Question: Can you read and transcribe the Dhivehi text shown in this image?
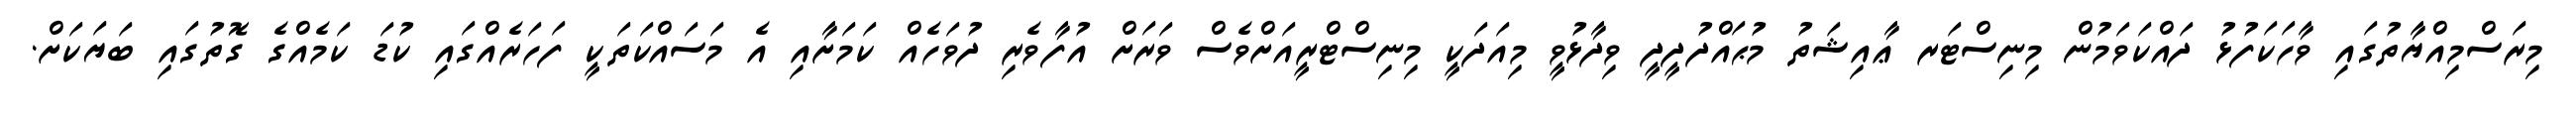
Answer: މިރަސްމިއްޔާތުގައި ވާހަކަފުޅު ދައްކަވަމުން މިނިސްޓަރ ޢާއިޝަތު މުޙައްދުދީދީ ވިދާޅުވީ މިއަދަކީ މިނިސްޓްރީއަށްވެސް ވަރަށް އުފާވެރި ދުވަހެއް ކަމަށާއި އެ މަސައްކަތަކީ ފަހަރެއްގައި ކުޑަ ކަމެއްގެ ގޮތުގައި ބަޔަކަށް.